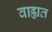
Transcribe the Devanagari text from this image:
वाह्यत